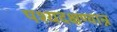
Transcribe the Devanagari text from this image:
पश्यदक्षण्वान्न